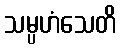
သမ္ပဟံသေတိ